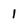
Character: 1